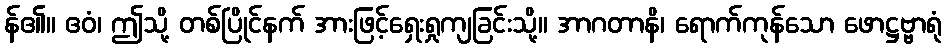
န်၏။ ဧဝံ၊ ဤသို့ တစ်ပြိုင်နက် အားဖြင့်ရှေးရှုကျခြင်းသို့။ အာဂတာနိ၊ ရောက်ကုန်သော ဖောဋ္ဌဗ္ဗ္ဗာရုံ